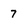
Character: 7